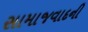
સામાજવાદની